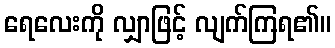
ရေလေးကို လျှာဖြင့် လျက်ကြရ၏။